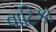
વાટિકા